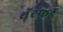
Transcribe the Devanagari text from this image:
थ़ॅटफ़र्ड